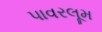
પાવરલૂમ